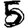
Digit: 5